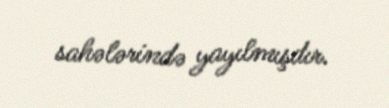
sahələrində yayılmışdır.